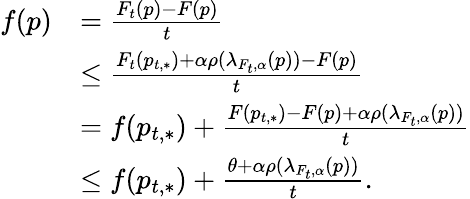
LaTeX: \begin{array}{rl}{f(p)}&{=\frac{F_{t}(p)-F(p)}t}\\ &{\leq\frac{F_{t}(p_{t,*})+\alpha\rho(\lambda_{F_{t},\alpha}(p))-F(p)}t}\\ &{=f(p_{t,*})+\frac{F(p_{t,*})-F(p)+\alpha\rho(\lambda_{F_{t},\alpha}(p))}t}\\ &{\leq f(p_{t,*})+\frac{\theta+\alpha\rho(\lambda_{F_{t},\alpha}(p))}t.}\end{array}